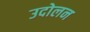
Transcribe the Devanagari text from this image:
उदोलन